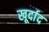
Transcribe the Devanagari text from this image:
खूर्दाद